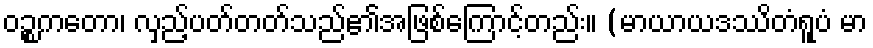
ဝဉ္စကတော၊ လှည့်ပတ်တတ်သည်၏အဖြစ်ကြောင့်တည်း။ (မာယာယဒဿိတံရူပံ မာ